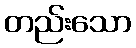
တည်းသော